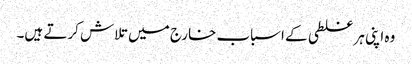
وہ اپنی ہر غلطی کے اسباب خارج میں تلاش کرتے ہیں۔